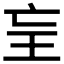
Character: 𤣴